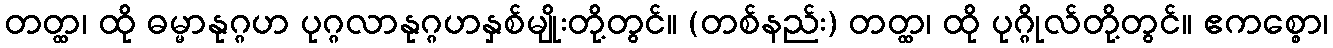
တတ္ထ၊ ထို ဓမ္မာနုဂ္ဂဟ ပုဂ္ဂလာနုဂ္ဂဟနှစ်မျိုးတို့တွင်။ (တစ်နည်း) တတ္ထ၊ ထို ပုဂ္ဂိုလ်တို့တွင်။ ဧကစ္စော၊